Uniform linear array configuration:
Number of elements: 32
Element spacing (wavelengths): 0.25
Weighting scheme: blackman
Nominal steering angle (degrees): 15
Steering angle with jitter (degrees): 13.845
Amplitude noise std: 0.05
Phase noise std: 0.05

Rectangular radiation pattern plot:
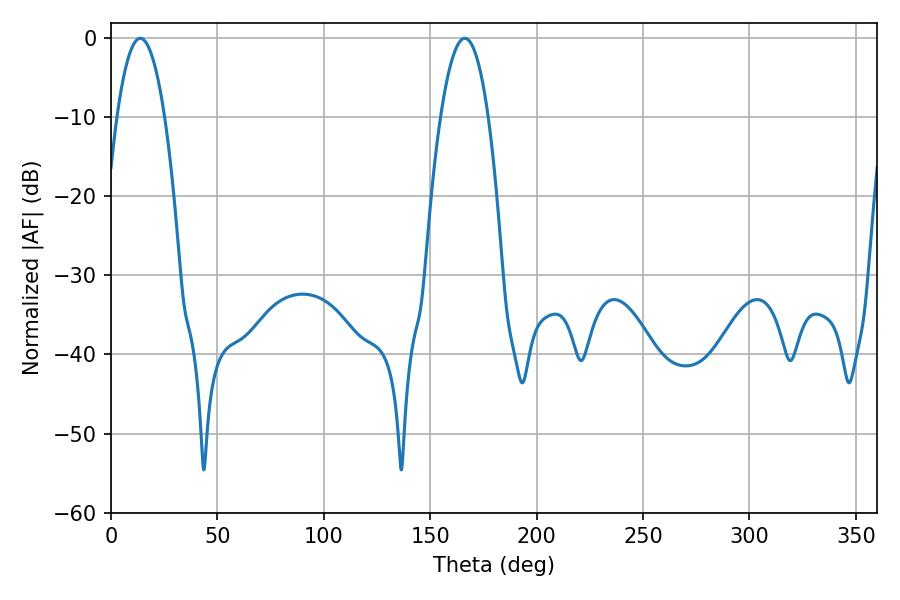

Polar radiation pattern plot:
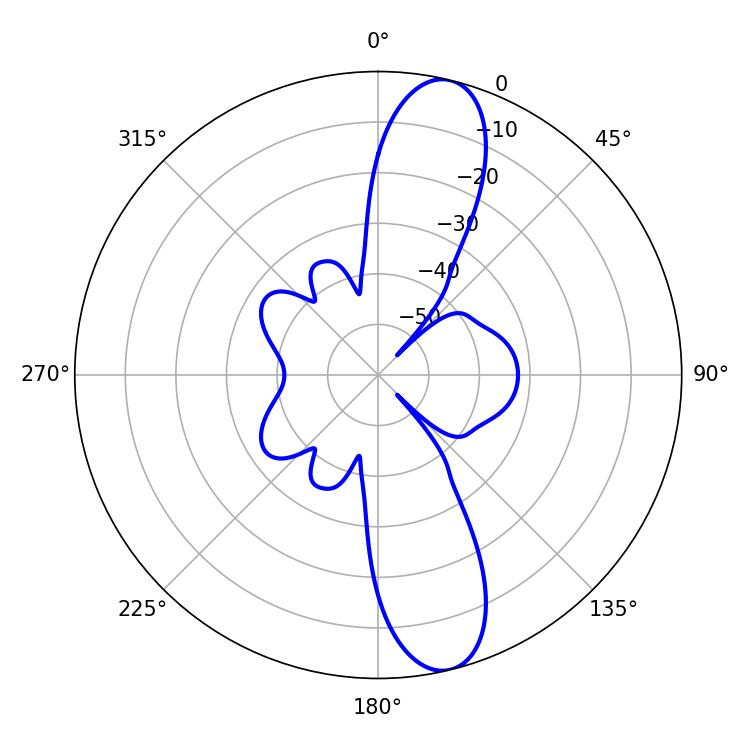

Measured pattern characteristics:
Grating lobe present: FALSE
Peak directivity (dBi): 12.577
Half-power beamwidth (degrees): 12.42
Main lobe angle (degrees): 13.68